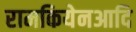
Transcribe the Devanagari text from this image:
रामकियेनआदि